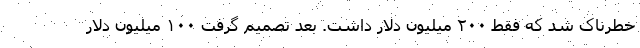
خطرناک شد که فقط ۲۰۰ میلیون دلار داشت. بعد تصمیم گرفت ۱۰۰ میلیون دلار